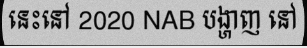
នេះនៅ 2020 NAB បង្ហាញ នៅ